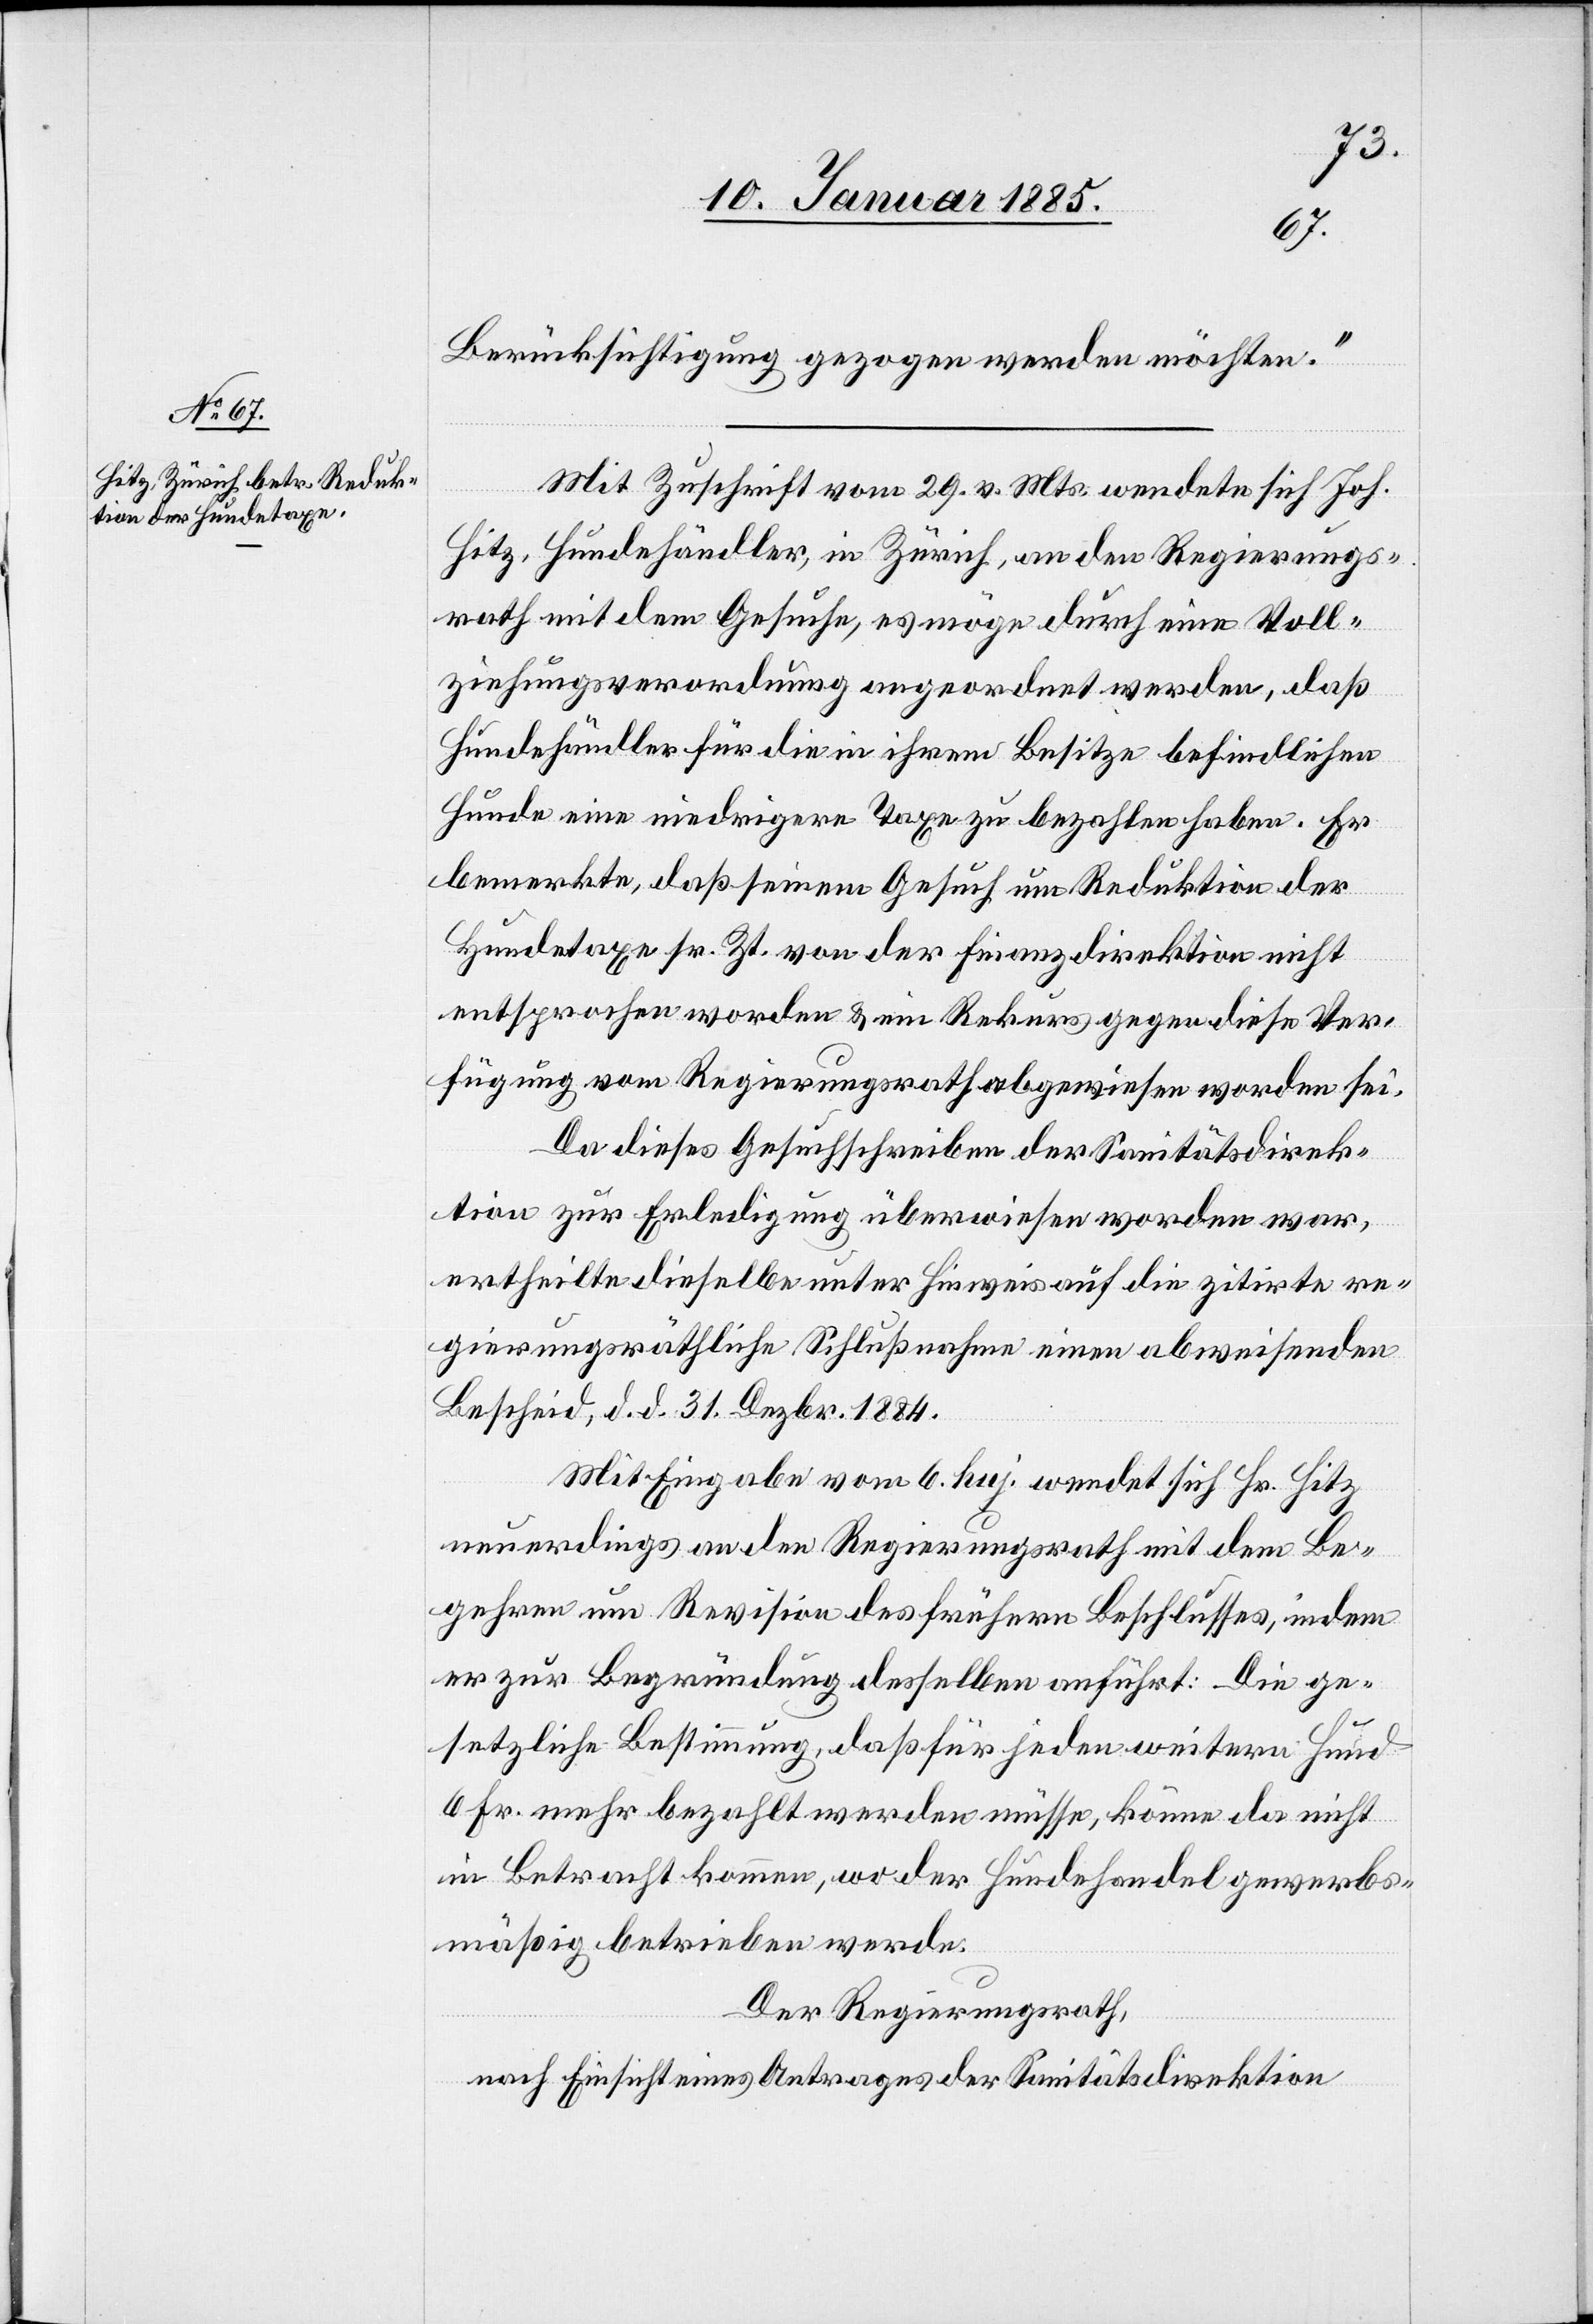
Berücksichtigung gezogen werden möchten.“
Mit Zuschrift vom 29. v. Mts. wendete sich Joh.
Hitz, Hundehändler, in Zürich, an den Regierungs¬
rath mit dem Gesuche, es möge durch eine Voll¬
ziehungsverordnung angeordnet werden, daß
Hundehändler für die in ihrem Besitze befindlichen
Hunde eine niedrigere Taxe zu bezahlen haben. Er
bemerkte, daß seinem Gesuch um Reduktion der
Hundetaxe sr. Zt. von der Finanzdirektion nicht
entsprochen worden & ein Rekurs gegen diese Ver¬
fügung vom Regierungsrath abgewiesen worden sei.
Da dieses Gesuchschreiben der Sanitätsdirek¬
tion zur Erledigung überwiesen worden war,
ertheilte dieselbe unter Hinweis auf die zitirte re¬
gierungsräthliche Schlußnahme einen abweisenden
Bescheid, d. d. 31. Dezbr. 1884.
Mit Eingabe vom 6. huj. wendet sich Hr. Hitz
neuerdings an den Regierungsrath mit dem Be¬
gehren um Revision des frühern Beschlusses, indem
er zur Begründung desselben anführt: Die ge¬
setzliche Bestimmung, daß für jeden weitern Hund
6 Fr. mehr bezahlt werden müsse, könne da nicht
in Betracht kommen, wo der Hundehandel gewerbs¬
mäßig betrieben werde.
Der Regierungsrath,
nach Einsicht eines Antrages der Sanitätsdirektion